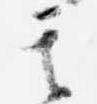
其